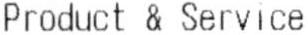
PRODUCT & SERVICE